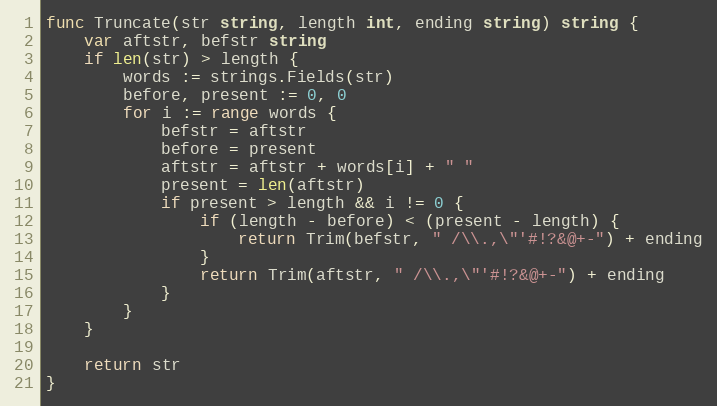
Language: Go
func Truncate(str string, length int, ending string) string {
	var aftstr, befstr string
	if len(str) > length {
		words := strings.Fields(str)
		before, present := 0, 0
		for i := range words {
			befstr = aftstr
			before = present
			aftstr = aftstr + words[i] + " "
			present = len(aftstr)
			if present > length && i != 0 {
				if (length - before) < (present - length) {
					return Trim(befstr, " /\\.,\"'#!?&@+-") + ending
				}
				return Trim(aftstr, " /\\.,\"'#!?&@+-") + ending
			}
		}
	}

	return str
}